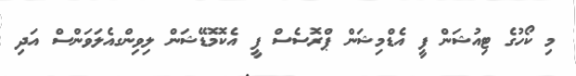
މި ކޯހުގެ ޓިއުޝަން ފީ އެޑްމިޝަން ޕްރޮސެސް ފީ އެކޮމޮޑޭޝަން ލިވިންގއެލަވަންސް އަދި